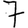
Digit: 7